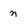
Character: n